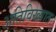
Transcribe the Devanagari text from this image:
अतिविख्यात